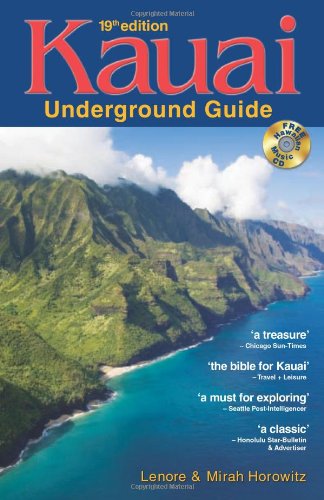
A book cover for Kauai Underground Guide: 19th Edition - And Free Hawaiian Music CD; Lenore W. Horowitz; Travel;